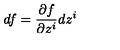
d f = \frac { \partial f } { \partial z ^ { i } } d z ^ { i }